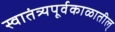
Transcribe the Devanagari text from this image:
स्वातंत्र्यपूर्वकाळातील्